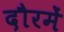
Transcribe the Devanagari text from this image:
दौरमें